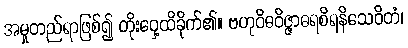
အမှုတည်ရာဖြစ်၍ တိုးဝှေ့ထိခိုက်၏။ ဗဟုဝိဓဝိဇ္ဇာဓရစိရနိသေဝိတံ၊